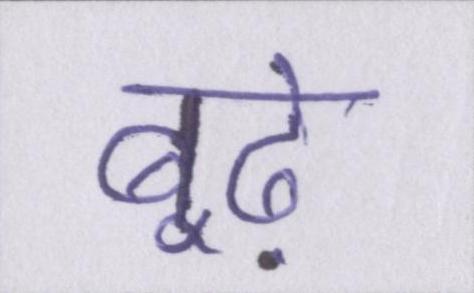
बूढ़े